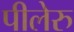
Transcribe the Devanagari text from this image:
पीलेरु